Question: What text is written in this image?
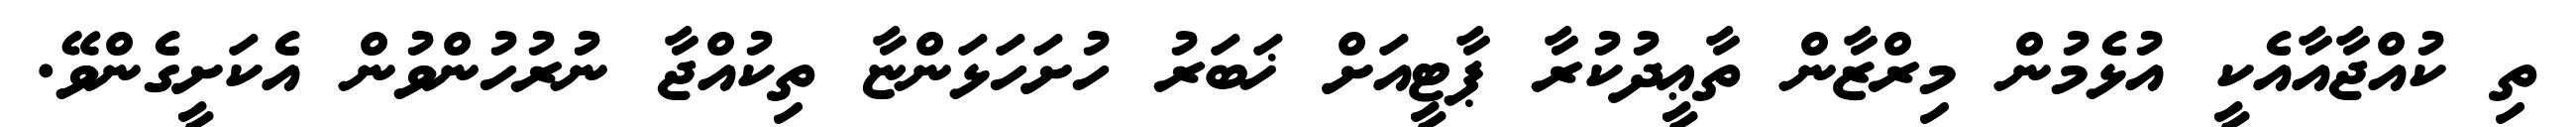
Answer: ތި ކުއްޖާއާއެކީ އުޅެމުން މިރްޒާން ތާޢީދުކުރާ ޕާޓީއަށް ޚަބަރު ހުށަހަޅަންޏާ ތިކުއްޖާ ނުރުހުންވުން އެކަށީގެންވޭ.